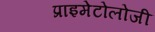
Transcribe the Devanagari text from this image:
प्राइमेटोलोजी